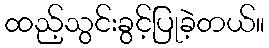
ထည့်သွင်းခွင့်ပြုခဲ့တယ်။